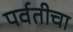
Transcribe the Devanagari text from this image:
पर्वतीचा